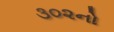
૩૦૨નો